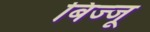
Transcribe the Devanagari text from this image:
बिज्‍जू